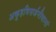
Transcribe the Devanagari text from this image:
अकुहविसर्जनीयानां